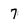
Character: 7